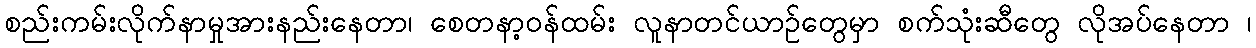
စည်းကမ်းလိုက်နာမှုအားနည်းနေတာ၊ စေတနာ့ဝန်ထမ်း လူနာတင်ယာဉ်တွေမှာ စက်သုံးဆီတွေ လိုအပ်နေတာ ၊